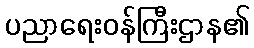
ပညာရေးဝန်ကြီးဌာန၏